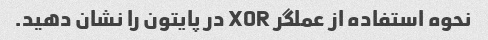
نحوه استفاده از عملگر XOR در پایتون را نشان دهید.